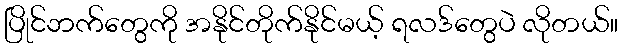
ပြိုင်ဘက်တွေကို အနိုင်တိုက်နိုင်မယ့် ရလဒ်တွေပဲ လိုတယ်။